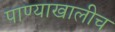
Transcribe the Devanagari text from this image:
पाण्याखालीच